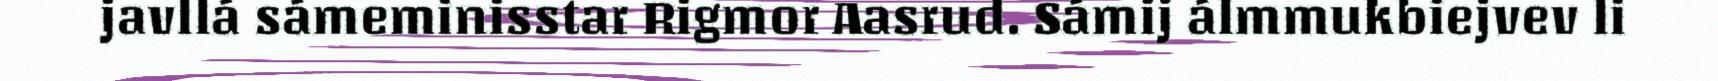
javllá sámeminisstar Rigmor Aasrud. Sámij álmmukbiejvev li